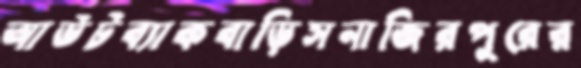
আউটব্যাকবাড়িসনাজিরপুরের